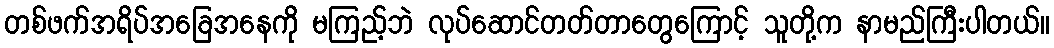
တစ်ဖက်အရိပ်အခြေအနေကို မကြည့်ဘဲ လုပ်ဆောင်တတ်တာတွေကြောင့် သူတို့က နာမည်ကြီးပါတယ်။